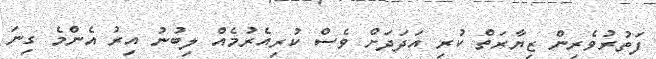
ފަތުރުވެރިން ޒިޔާރަތް ކުރި އަދަދަށް ވެސް ކުރިއެރުމެއް ލިބުނު އިރު އެންމެ ގިނަ